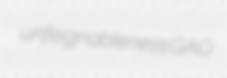
unfeignableness GAO